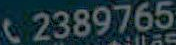
C2389765